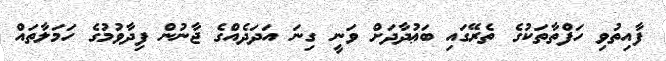
ފާއިތުވި ހަފްތާތަކުގެ ތެރޭގައި ބަޢުދާދަށް ވަނީ ގިނަ އަދަދެއްގެ ޖާނުން ފިދާވުމުގެ ހަމަލާތައް